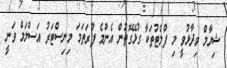
ޝިޔާމް ވިދާޅުވީ މި ފްލެޓުތަކާ ގުޅޭގޮތުން އެންމެ ފުރަތަމަ މިނިސްޓަރު އަސްލަމް ވަނީ